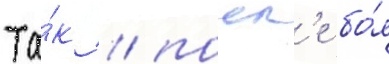
Та́к / посл'е бо́я